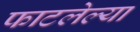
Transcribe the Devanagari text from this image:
फाटलेल्या